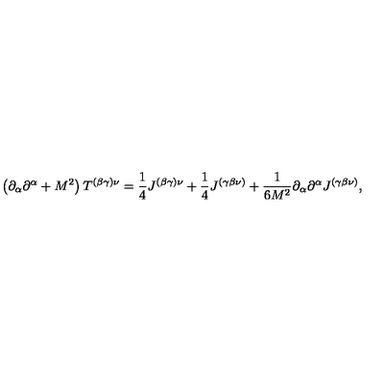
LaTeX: \left( \partial _ { \alpha } \partial ^ { \alpha } + M ^ { 2 } \right) T ^ { ( \beta \gamma ) \nu } = \frac { 1 } { 4 } J ^ { ( \beta \gamma ) \nu } + \frac { 1 } { 4 } J ^ { ( \gamma \beta \nu ) } + \frac { 1 } { 6 M ^ { 2 } } \partial _ { \alpha } \partial ^ { \alpha } J ^ { \left( \gamma \beta \nu \right) } ,